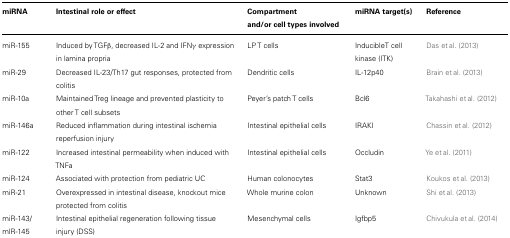
<table><thead><tr><td><b>miRNA</b></td><td><b>Intestinal role or effect</b></td><td><b>Compartment and/or cell types involved</b></td><td><b>miRNA target(s)</b></td><td><b>Reference</b></td></tr></thead><tbody><tr><td>miR-155</td><td>Induced by TGFβ, decreased IL-2 and IFNγ expression in lamina propria</td><td>LP T cells</td><td>InducibleT cell kinase (ITK)</td><td>Das et al. (2013)</td></tr><tr><td>miR-29</td><td>Decreased IL-23/Th17 gut responses, protected from colitis</td><td>Dendritic cells</td><td>IL-12p40</td><td>Brain et al. (2013)</td></tr><tr><td>miR-10a</td><td>Maintained Treg lineage and prevented plasticity to other T cell subsets</td><td>Peyer’s patch T cells</td><td>Bcl6</td><td>Takahashi et al. (2012)</td></tr><tr><td>miR-146a</td><td>Reduced inflammation during intestinal ischemia reperfusion injury</td><td>Intestinal epithelial cells</td><td>IRAKI</td><td>Chassin et al. (2012)</td></tr><tr><td>miR-122</td><td>Increased intestinal permeability when induced with TNFa</td><td>Intestinal epithelial cells</td><td>Occludin</td><td>Ye et al. (2011)</td></tr><tr><td>miR-124</td><td>Associated with protection from pediatric UC</td><td>Human colonocytes</td><td>Stat3</td><td>Koukos et al. (2013)</td></tr><tr><td>miR-21</td><td>Overexpressed in intestinal disease, knockout mice protected from colitis</td><td>Whole murine colon</td><td>Unknown</td><td>Shi et al. (2013)</td></tr><tr><td>miR-143/ mlR-145</td><td>Intestinal epithelial regeneration following tissue injury (DSS)</td><td>Mesenchymal cells</td><td>Igfbp5</td><td>Chivukula et al. (2014)</td></tr></tbody></table>